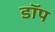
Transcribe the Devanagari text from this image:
डॉप